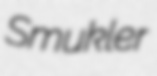
Smukler